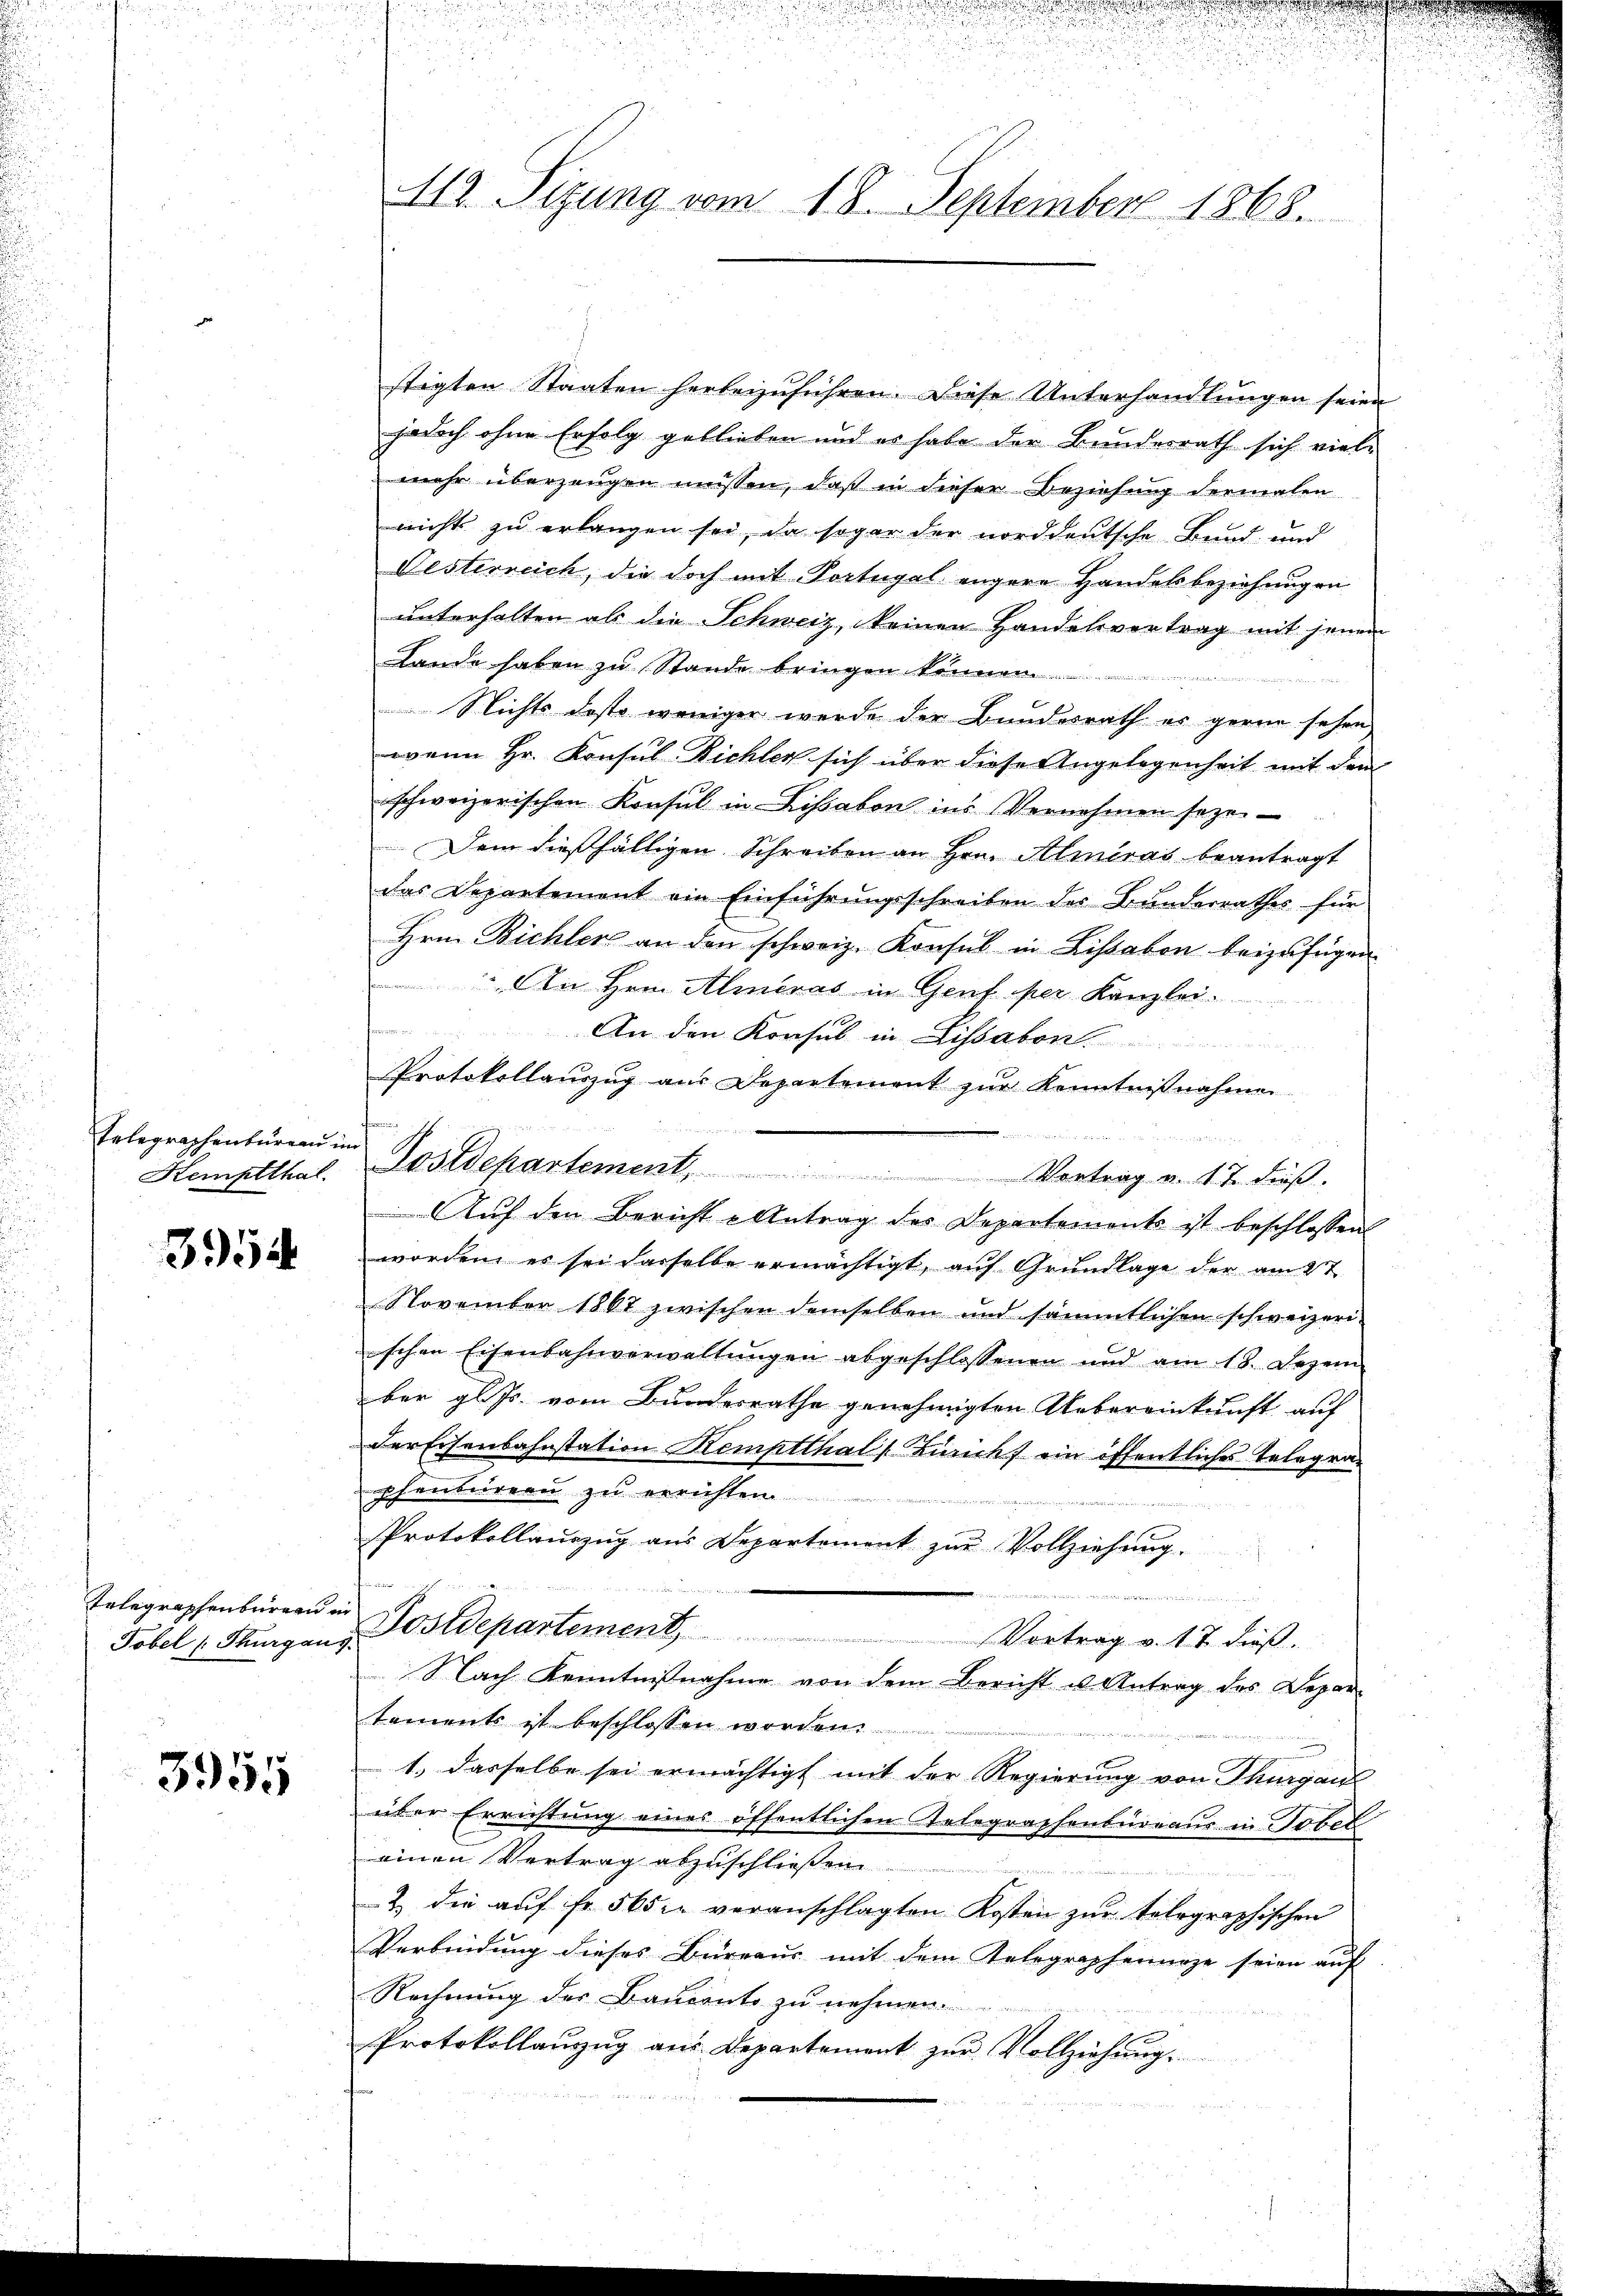
Telegraphenbureau im
Kemptthal.

3954

Tobel (Thurgau,

3955

412. Sizung vom 18. September 1868.

stigten Staaten herbeizuführen. Diese Unterhandlungen seien
jedoch ohne Erfolg geblieben und es habe der Bundesrath sich viele
mehr überzeugen müssen, daß in dieser Beziehung dermalen
nichts zu erlangen sei, da sogar der norddeutsche Bund, und
Desterreich, die doch mit Portugal engere Handelsbeziehungen
unterhalten als die Schweiz, keinen Handelsvertrag mit jenen
Lande haben zu Stande bringen können.

Nichts desto weniger werde der Bundesrath es gerne sehen
wenn Hr. Konsul Bichler sich über diese Angelegenheit mit dem
schweizerischen Konsul in Lissabon ins Vernehmen seze
Dem dießfälligen Schreiben an Hrn. Almiras beantragt
das Departement ein Einführungsschreiben der Bunderrathes für
Hrn. Bichler an den schweiz. Konsul in Lissabon beizufügen
An Hrn. Almeras in Genf per Kanzlei
An den Konsul in Lissabon
Protokollauszug aus Departement zur Kenntnißnahmen

Postdepartement, Vortrag u. 17 dieβ.
Aŭf den Bericht Antrag des Departements ist beschlossen
worden, es sei derselbe ermächtigt, auf Grundlage der am 2t
November 1867 zwischen demselben und sämmtlichen schweizeriischen Eisenbahnverwaltŭngen abgeschlossenen und am 18. Dezem
ber gl. Js. vom Bundesrathe genehmigten Uebereinkunft auf
der Eisenbahnstation Kemptthal [Züricht ein öffentliches Telegraphenturern zu errichten
Protokollauszug aus Departement zur Vollziehung.
n
Telegraphenburg in Postdepartement, Vortrag v. 17 dieβ.
Nach Kenntnisnahme von dem Bericht u. Antrag des Departements ist beschlossen worden.
1.) dasselbe sei ermächtigt mit der Regierung von Thurgau
über Errichtung eines öffentlichen Telegraphenbüreaus in Tobel
einen Vertrag abzuschließen
2 die aŭf fr. 565 veranschlagten Kosten zur telegraphischen
Verbindung dieses Bureaus mit dem Telegraphenarze seien auf
Rechnung des Bauconte zu nehmen.
Protokollaŭzŭg aŭs Departement zŭr Vollziehŭng.